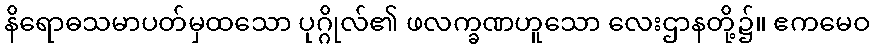
နိရောဓသမာပတ်မှထသော ပုဂ္ဂိုလ်၏ ဖလက္ခဏဟူသော လေးဌာနတို့၌။ ဧကမေဝ